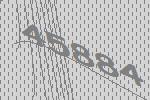
45884